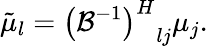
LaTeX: {\tilde{\mu}}_{l}={{\left({\mathcal{B}}^{-1}\right)}^{H}}_{lj}{\mu}_{j}.